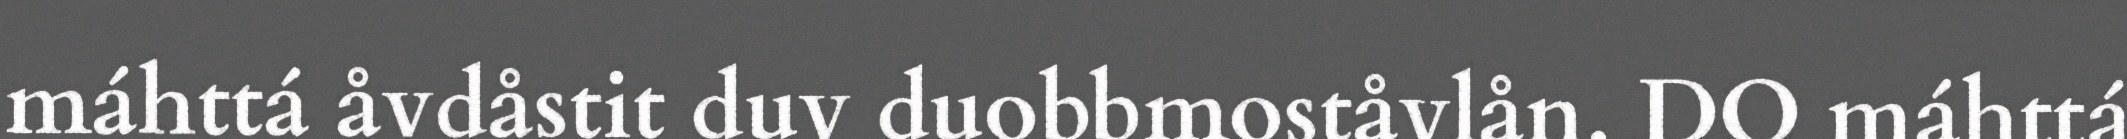
máhttá åvdåstit duv duobbmoståvlån. DO máhttá